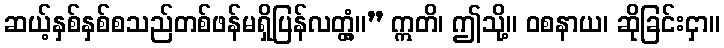
ဆယ့်နှစ်နှစ်စသည်တစ်ဖန်မရှိပြန်လတ္တံ့။” ဣတိ၊ ဤသို့။ ဝစနာယ၊ ဆိုခြင်းငှာ။